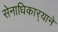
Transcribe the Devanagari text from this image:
सेनाधिकार्‍याने